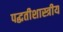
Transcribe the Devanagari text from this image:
पद्धतीशास्त्रीय